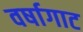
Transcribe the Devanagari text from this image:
वर्षागाट